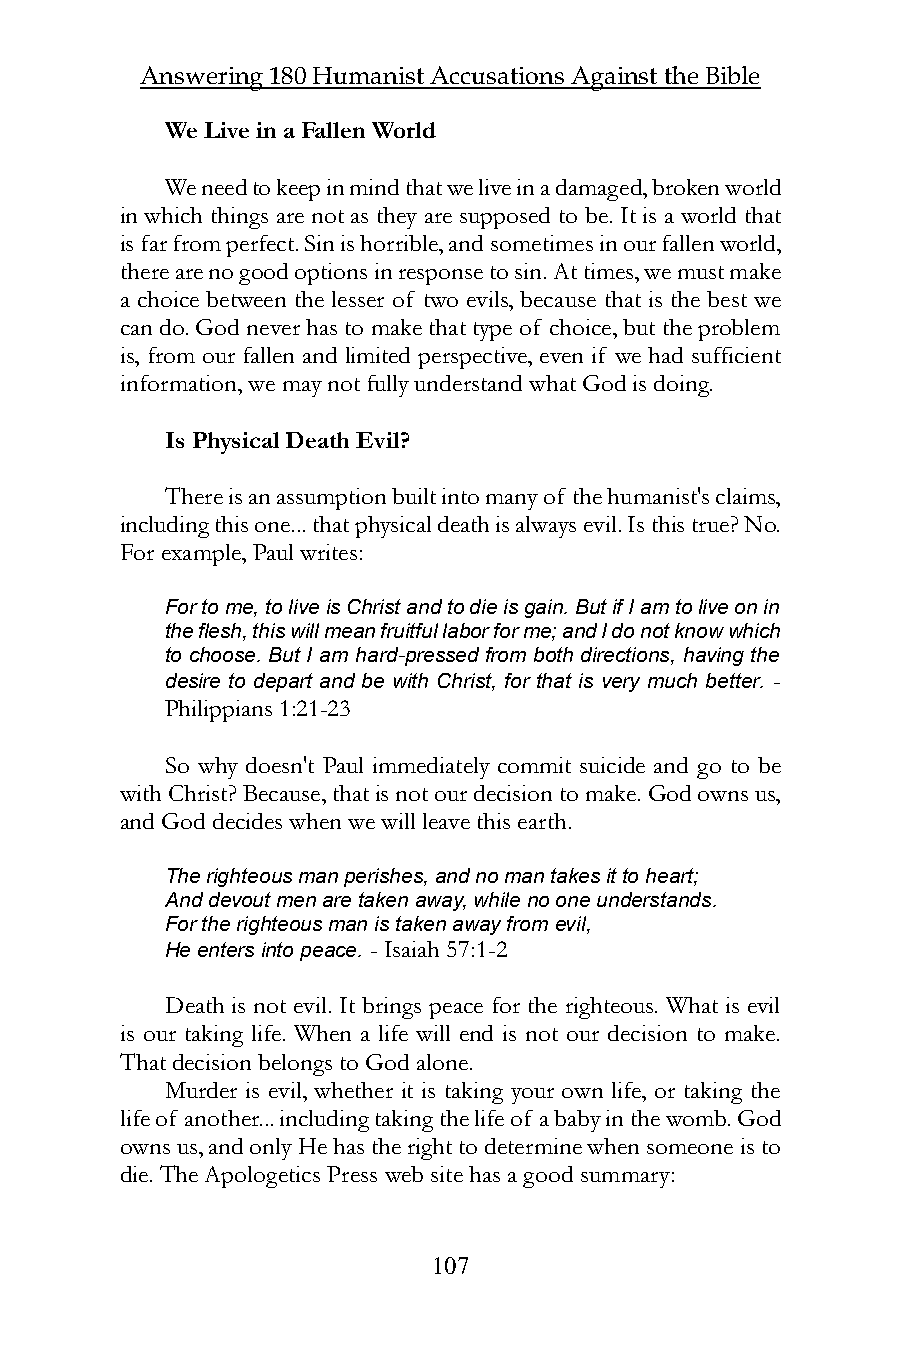
Answering 180 Humanist Accusations Against the Bible
 We Live in a Fallen World
 We need to keep in mind that we live in a damaged, broken world
 in which things are not as they are supposed to be. It is a world that
 is far from perfect. Sin is horrible, and sometimes in our fallen world,
 there are no good options in response to sin. At times, we must make
 a choice between the lesser of two evils, because that is the best we
 can do. God never has to make that type of choice, but the problem
 is, from our fallen and limited perspective, even if we had sufficient
 information, we may not fully understand what God is doing.
 Is Physical Death Evil?
 There is an assumption built into many of the humanist's claims,
 including this one... that physical death is always evil. Is this true? No.
 For example, Paul writes:
 For to me, to live is Christ and to die is gain. But if I am to live on in
 the flesh, this will mean fruitful labor for me; and I do not know which
 to choose. But I am hard-pressed from both directions, having the
 desire to depart and be with Christ, for that is very much better. -
 Philippians 1:21-23
 So why doesn't Paul immediately commit suicide and go to be
 with Christ? Because, that is not our decision to make. God owns us,
 and God decides when we will leave this earth.
 The righteous man perishes, and no man takes it to heart;
 And devout men are taken away, while no one understands.
 For the righteous man is taken away from evil,
 He enters into peace. - Isaiah 57:1-2
 Death is not evil. It brings peace for the righteous. What is evil
 is our taking life. When a life will end is not our decision to make.
 That decision belongs to God alone.
 Murder is evil, whether it is taking your own life, or taking the
 life of another... including taking the life of a baby in the womb. God
 owns us, and only He has the right to determine when someone is to
 die. The Apologetics Press web site has a good summary:
 107